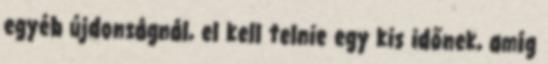
egyéb újdonságnál, el kell telnie egy kis időnek, amíg